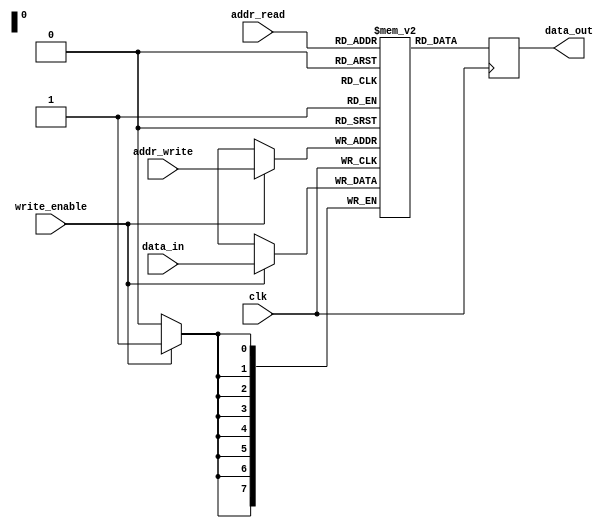
module dual_port_ram (
    input wire clk,
    input wire [7:0] addr_read,
    input wire [7:0] addr_write,
    input wire write_enable,
    input wire [7:0] data_in,
    output reg [7:0] data_out
);

reg [7:0] memory [0:255];

always @(posedge clk) begin
    if (write_enable) begin
        memory[addr_write] <= data_in;
    end
    data_out <= memory[addr_read];
end

endmodule